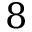
8